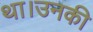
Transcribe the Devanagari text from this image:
था।उनकी